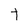
Character: t